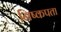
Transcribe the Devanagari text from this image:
निष्कपता